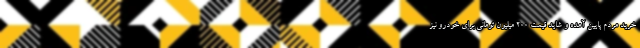
خرید مردم پایین آمده و شاید قیمت ۲۰۰ میلیون تومانی برای خودرو نیز